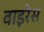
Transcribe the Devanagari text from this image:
वाइरेस